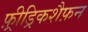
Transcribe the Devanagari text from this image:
फ़्रीड्रिकशैफ़न